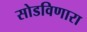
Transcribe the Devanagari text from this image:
सोडविणारा